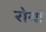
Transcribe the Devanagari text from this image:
रोयां